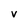
Character: v